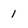
Character: 1